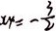
x _ { 4 } = - \frac { 3 } { 2 }